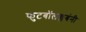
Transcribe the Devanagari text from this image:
फुटबॉलक्लबंनी